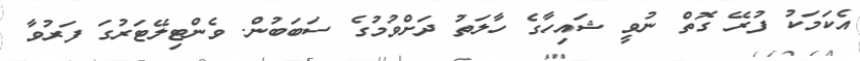
އެކަމަކު ފުރޭ ގޮތް ނުވީ ޝައިހާގެ ހާލަތު ދަށްވުމުގެ ސަބަބުން. ވެންޓިލޭޓަރުގަ ފަރުވާ